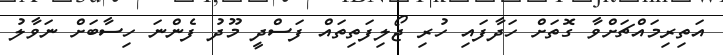
އަތިރިމައްޗަށްވާ ގޮތަށް ހަދާފައި ހުރި ޖޯލިފަތިތައް ފަސްދީ މޫދު ފެންނަ ހިސާބަށް ނަވާލު